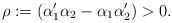
LaTeX: \begin{align*}\rho :=\left( \alpha _{1}^{\prime }\alpha _{2}-\alpha _{1}\alpha_{2}^{\prime }\right) >0. \end{align*}